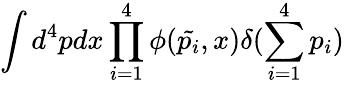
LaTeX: \int d^{4}pdx\prod_{i=1}^{4}\phi(\tilde{p_{i}},x)\delta(\sum_{i=1}^{4}p_{i})